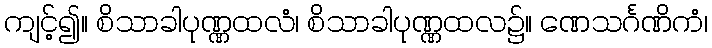
ကျင့်၍။ စိသာခါပုဏ္ဏထလံ၊ စိသာခါပုဏ္ဏထလ၌။ ဏေသင်္ဂဏိကံ၊